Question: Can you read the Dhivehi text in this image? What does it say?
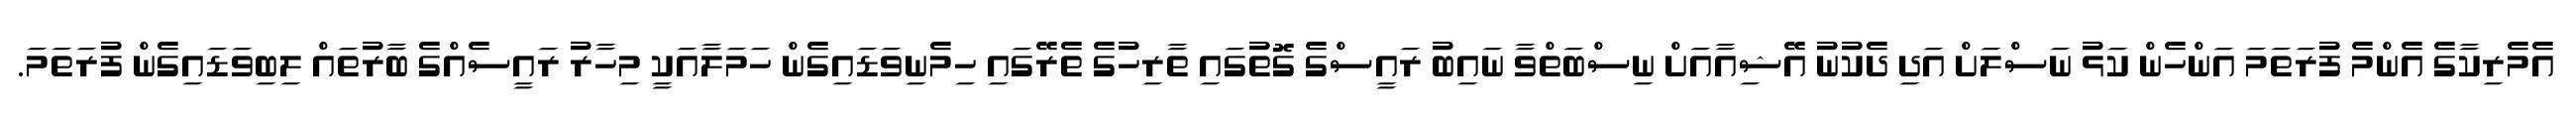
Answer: އެމެރިކާގެ އެންމެ ފުރަތަމަ އަންހެން ކަޅު ނަސްލަށް އަދި ދެކުނު އޭޝިއާއަށް ނިސްބަތްވާ ނައިބު ރައީސްގެ ގޮތުގައި ތާރިހުގެ ތެރޭގައި ހިމެނިވަޑައިގެން ހަމަލާއަކީ މިހާރު ރައީސެއްގެ ބާރުތައް ލިބިވަޑައިގެން ފުރަތަމަ.